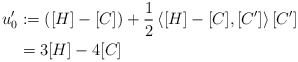
\begin{align*}u_0' &:= \left([H]-[C]\right) + \frac{1}{2}\left\langle [H]-[C],[C']\right\rangle [C']\\& = 3[H] - 4[C] \end{align*}